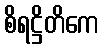
စိရဋ္ဌိတိကေ